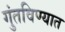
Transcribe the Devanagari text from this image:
गुंतविण्यात